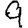
Digit: 9